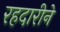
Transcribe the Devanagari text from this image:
रहदारीने